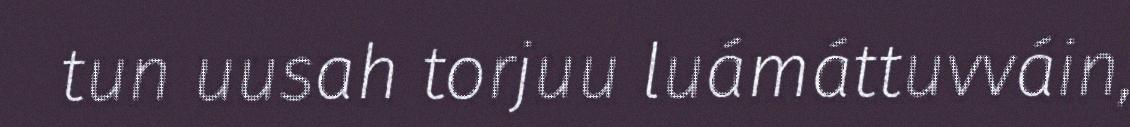
tun uusah torjuu luámáttuvváin,